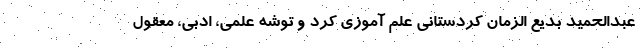
عبدالحمید بدیع الزمان کردستانی علم آموزی کرد و توشه علمی، ادبی، معقول